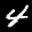
Label: 4